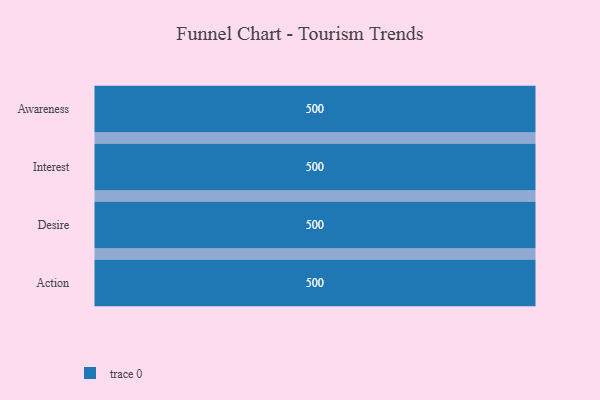
{"axis": {"x": "Stage", "y": "Value"}, "legend": [""], "data": [{"x": "Awareness", "y": 500, "type": ""}, {"x": "Interest", "y": 500, "type": ""}, {"x": "Desire", "y": 500, "type": ""}, {"x": "Action", "y": 500, "type": ""}]}